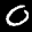
Label: 0